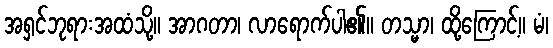
အရှင်ဘုရားအထံသို့။ အာဂတာ၊ လာရောက်ပါ၏။ တသ္မာ၊ ထို့ကြောင့်။ မံ၊